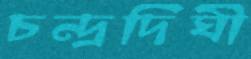
চন্দ্রদিঘী